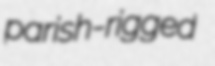
parish-rigged